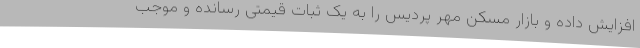
افزایش داده و بازار مسکن مهر پردیس را به یک ثبات قیمتی رسانده و موجب